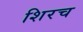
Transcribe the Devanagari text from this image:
शिरच